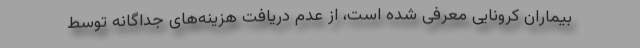
بیماران کرونایی معرفی شده است، از عدم دریافت هزینه‌های جداگانه توسط